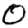
Digit: 0